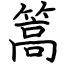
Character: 篙